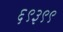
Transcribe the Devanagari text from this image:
६९३९९